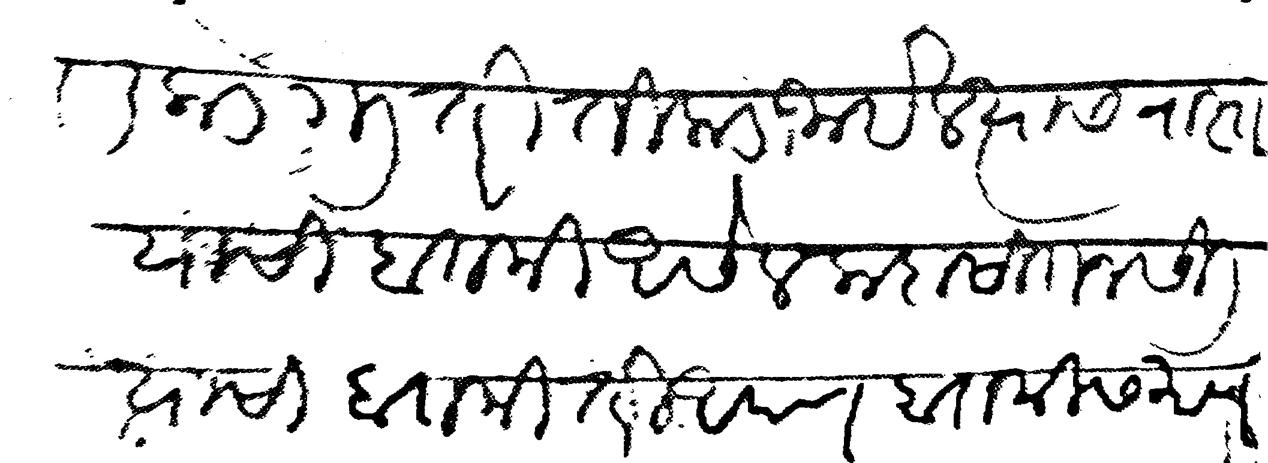
Transliteration (Devanagari): मेणुली कडे गेली तरी तिकडे जाईल त्यास रास्ते याची बातमी असेल कदाचित नसीली त्याची बातमी तरी आपण बातमीस माणसे